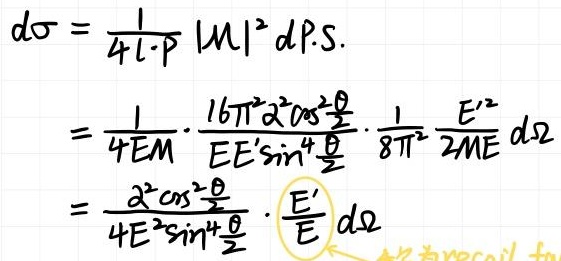
\[
\begin{align*}
d\sigma&=\frac{1}{4l\cdot P}|M|^2dP\cdot S.\\
&=\frac{1}{4EM}\cdot\frac{16\pi^2\alpha^2\cos^2\frac{\theta}{2}}{EE'\sin^4\frac{\theta}{2}}\cdot\frac{1}{8\pi^2}\frac{E'^2}{2ME}d\Omega\\
&=\frac{\alpha^2\cos^2\frac{\theta}{2}}{4E^2\sin^4\frac{\theta}{2}}\cdot\frac{E'}{E}d\Omega
\end{align*}
\]